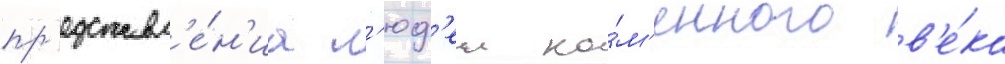
пр'едставл'е́н'иа л'юд'еи ка́м'енного в'е́ка